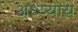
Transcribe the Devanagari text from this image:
अध्य्याय